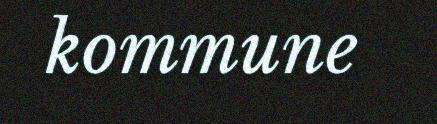
kommune